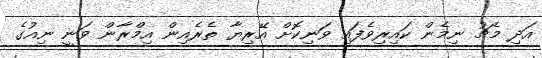
އަދި މެޗު ނިމެން ކައިރިވެފައި ވަނިކޮށް އޭރިޔާ ތެރެއިން އިމްރާން ވަނީ ނިއުގެ